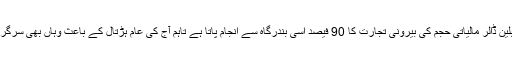
بنگلہ دیش کی 40 بلین ڈالر مالیاتی حجم کی بیرونی تجارت کا 90 فیصد اِسی بندرگاہ سے انجام پاتا ہے تاہم آج کی عام ہڑتال کے باعث وہاں بھی سرگرمیاں رکی ہوئی ہیں۔